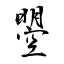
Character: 曌